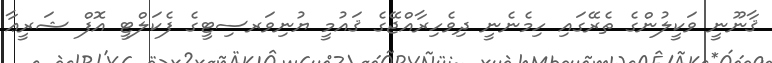
ޤާނޫނީ ވަކީލުންގެ ތެރޭގައި ހިމެނެނީ ދިވެހިރާއްޖޭގެ ޤައުމީ ޔުނިވަރސިޓީގެ ފެކަލްޓީ އޮފް ޝަރީޢާ